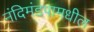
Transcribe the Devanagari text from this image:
नंदिमंडपामधील